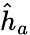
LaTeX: \hat{h}_{a}